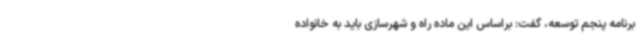
برنامه پنجم توسعه، گفت: براساس این ماده راه و شهرسازی باید به خانواده